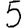
Digit: 5